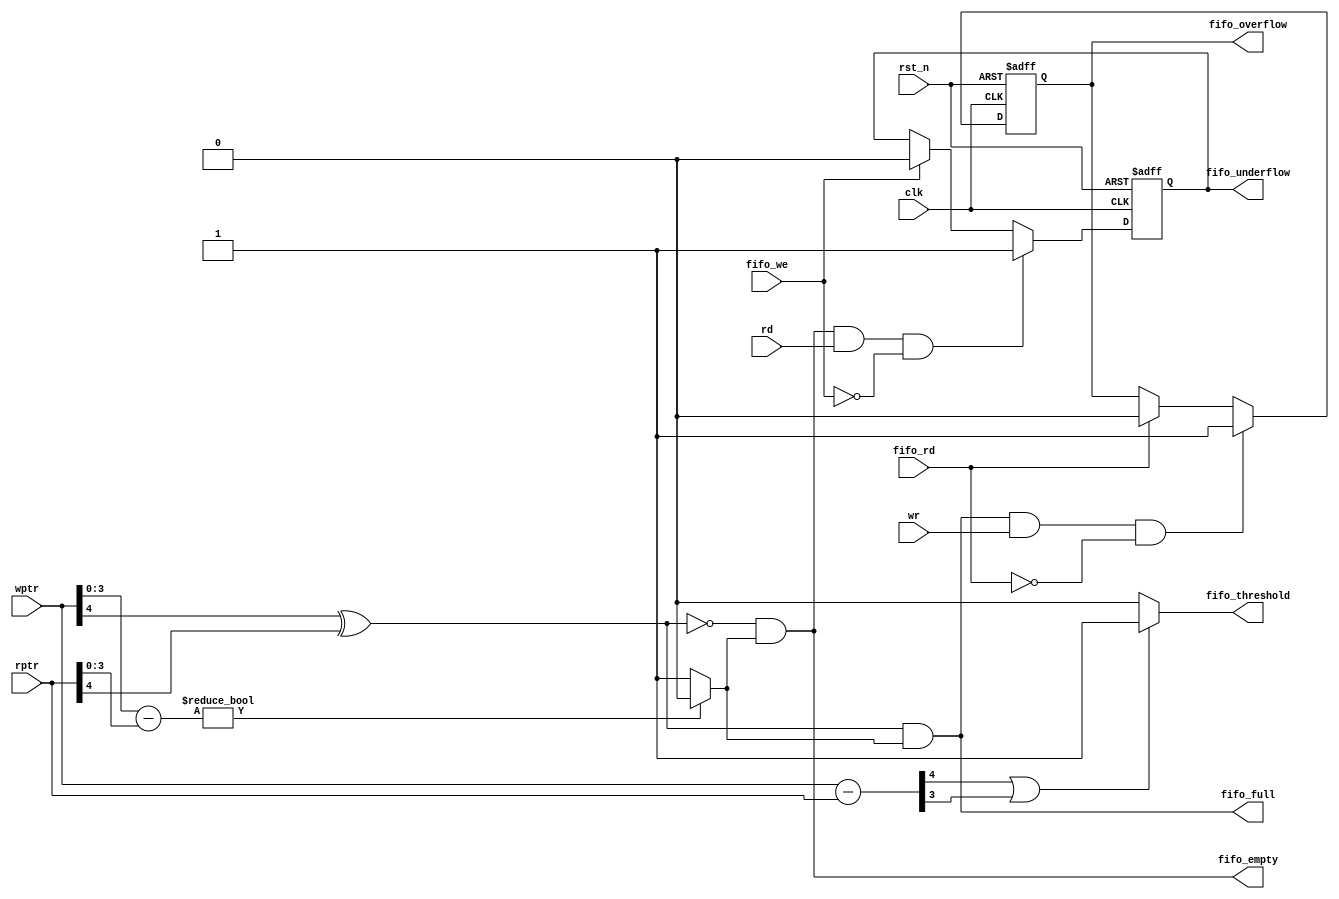
module status_signal(fifo_full, fifo_empty, fifo_threshold, fifo_overflow, fifo_underflow, wr, rd, fifo_we, fifo_rd, wptr,rptr,clk,rst_n);  
    input wr, rd, fifo_we, fifo_rd,clk,rst_n;  
    input[4:0] wptr, rptr;  
    output fifo_full, fifo_empty, fifo_threshold, fifo_overflow, fifo_underflow;  
    wire fbit_comp, overflow_set, underflow_set;  
    wire pointer_equal;  
    wire[4:0] pointer_result;  
    reg fifo_full, fifo_empty, fifo_threshold, fifo_overflow, fifo_underflow;  
    
    assign fbit_comp = wptr[4] ^ rptr[4];  
    assign pointer_equal = (wptr[3:0] - rptr[3:0]) ? 0:1;  
    assign pointer_result = wptr[4:0] - rptr[4:0];  
    assign overflow_set = fifo_full & wr;  
    assign underflow_set = fifo_empty&rd; 
         
    always @(*)  
    begin  
        fifo_full =fbit_comp & pointer_equal;  
        fifo_empty = (~fbit_comp) & pointer_equal;  
        fifo_threshold = (pointer_result[4]||pointer_result[3]) ? 1:0;  
    end  
    always @(posedge clk or negedge rst_n)  
    begin  
        if(~rst_n) fifo_overflow <=0;  
        else if((overflow_set==1)&&(fifo_rd==0))  
            fifo_overflow <=1;  
        else if(fifo_rd)  
            fifo_overflow <=0;  
        else  
            fifo_overflow <= fifo_overflow;  
    end  
    always @(posedge clk or negedge rst_n)  
    begin  
        if(~rst_n) fifo_underflow <=0;  
        else if((underflow_set==1)&&(fifo_we==0))  
            fifo_underflow <=1;  
        else if(fifo_we)  
            fifo_underflow <=0;  
        else  
            fifo_underflow <= fifo_underflow;  
    end  
endmodule